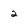
Character: 2